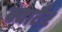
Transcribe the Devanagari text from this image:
क्वार्टैट